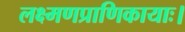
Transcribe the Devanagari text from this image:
लक्ष्मणप्राणिकायाः।